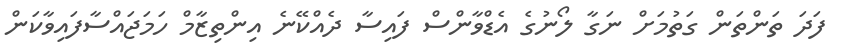
ފަދަ ތަންތަން ގަތުމަށް ނަގާ ލޯނުގެ އެޑްވާންސް ފައިސާ ދެއްކޭނެ އިންތިޒާމް ހަމަޖައްސާފައިވާކަން